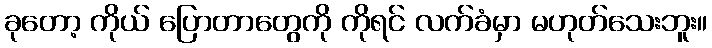
ခုတော့ ကိုယ် ပြောတာတွေကို ကိုရင် လက်ခံမှာ မဟုတ်သေးဘူး။